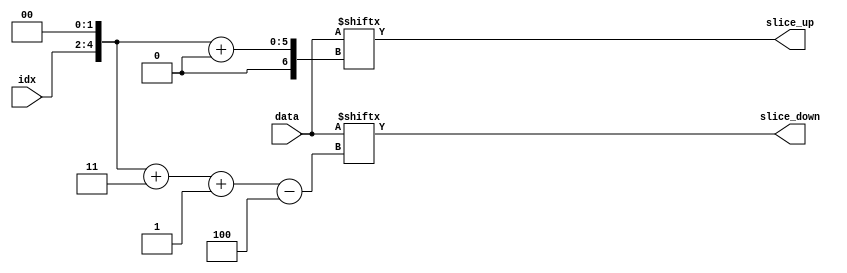
module partsel_test001(input [2:0] idx, input [31:0] data, output [3:0] slice_up, slice_down);
wire [5:0] offset = idx << 2;
assign slice_up = data[offset +: 4];
assign slice_down = data[offset + 3 -: 4];
endmodule